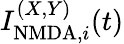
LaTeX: I_{\mathrm{NMDA},i}^{(X,Y)}(t)